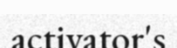
activator's